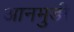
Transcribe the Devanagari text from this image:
आनमुडी